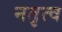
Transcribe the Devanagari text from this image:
नतृत्व